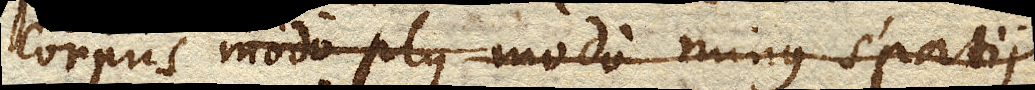
corpus modo plus modo minus spatii